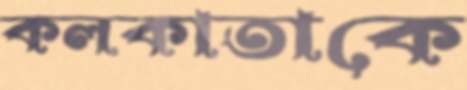
কলকাতাকে